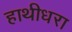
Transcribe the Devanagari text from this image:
हाथीधरा